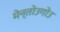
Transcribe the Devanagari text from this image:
मेन्तोउगोउ